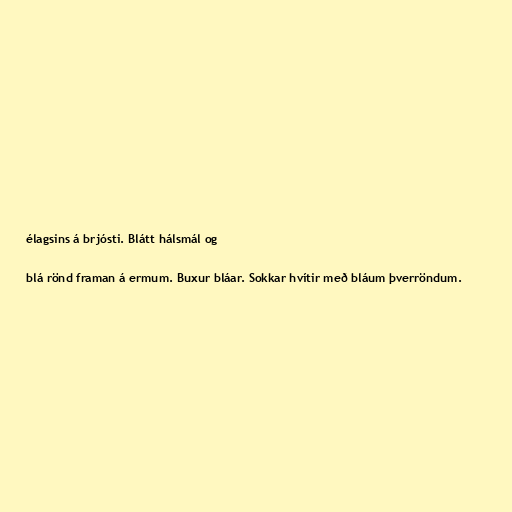
élagsins á brjósti. Blátt hálsmál og

blá rönd framan á ermum. Buxur bláar. Sokkar hvítir með bláum þverröndum.